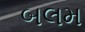
બલમ